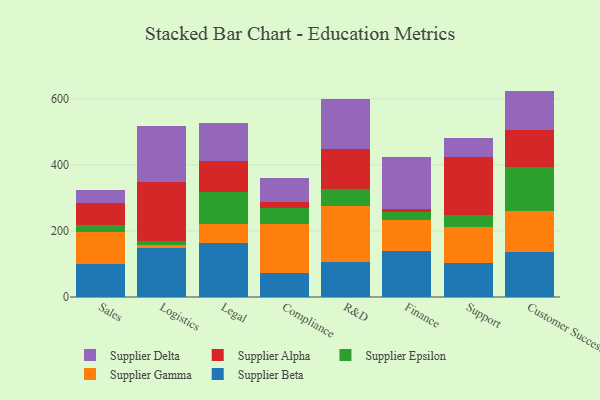
{"axis": {"x": "Department", "y": "Demand Index"}, "legend": ["Supplier Alpha", "Supplier Beta", "Supplier Delta", "Supplier Epsilon", "Supplier Gamma"], "data": [{"x": "Sales", "y": 100.1, "type": "Supplier Beta"}, {"x": "Sales", "y": 97.4, "type": "Supplier Gamma"}, {"x": "Sales", "y": 22.0, "type": "Supplier Epsilon"}, {"x": "Sales", "y": 66.5, "type": "Supplier Alpha"}, {"x": "Sales", "y": 37.8, "type": "Supplier Delta"}, {"x": "Logistics", "y": 149.2, "type": "Supplier Beta"}, {"x": "Logistics", "y": 7.7, "type": "Supplier Gamma"}, {"x": "Logistics", "y": 13.2, "type": "Supplier Epsilon"}, {"x": "Logistics", "y": 177.2, "type": "Supplier Alpha"}, {"x": "Logistics", "y": 170.5, "type": "Supplier Delta"}, {"x": "Legal", "y": 163.8, "type": "Supplier Beta"}, {"x": "Legal", "y": 57.9, "type": "Supplier Gamma"}, {"x": "Legal", "y": 96.9, "type": "Supplier Epsilon"}, {"x": "Legal", "y": 93.4, "type": "Supplier Alpha"}, {"x": "Legal", "y": 114.2, "type": "Supplier Delta"}, {"x": "Compliance", "y": 72.5, "type": "Supplier Beta"}, {"x": "Compliance", "y": 149.5, "type": "Supplier Gamma"}, {"x": "Compliance", "y": 46.4, "type": "Supplier Epsilon"}, {"x": "Compliance", "y": 19.6, "type": "Supplier Alpha"}, {"x": "Compliance", "y": 71.4, "type": "Supplier Delta"}, {"x": "R&D", "y": 105.0, "type": "Supplier Beta"}, {"x": "R&D", "y": 171.3, "type": "Supplier Gamma"}, {"x": "R&D", "y": 49.3, "type": "Supplier Epsilon"}, {"x": "R&D", "y": 123.0, "type": "Supplier Alpha"}, {"x": "R&D", "y": 150.0, "type": "Supplier Delta"}, {"x": "Finance", "y": 140.6, "type": "Supplier Beta"}, {"x": "Finance", "y": 92.5, "type": "Supplier Gamma"}, {"x": "Finance", "y": 25.2, "type": "Supplier Epsilon"}, {"x": "Finance", "y": 9.5, "type": "Supplier Alpha"}, {"x": "Finance", "y": 157.2, "type": "Supplier Delta"}, {"x": "Support", "y": 104.2, "type": "Supplier Beta"}, {"x": "Support", "y": 108.7, "type": "Supplier Gamma"}, {"x": "Support", "y": 36.2, "type": "Supplier Epsilon"}, {"x": "Support", "y": 173.6, "type": "Supplier Alpha"}, {"x": "Support", "y": 58.8, "type": "Supplier Delta"}, {"x": "Customer Success", "y": 136.6, "type": "Supplier Beta"}, {"x": "Customer Success", "y": 123.5, "type": "Supplier Gamma"}, {"x": "Customer Success", "y": 133.4, "type": "Supplier Epsilon"}, {"x": "Customer Success", "y": 110.7, "type": "Supplier Alpha"}, {"x": "Customer Success", "y": 119.9, "type": "Supplier Delta"}]}